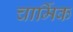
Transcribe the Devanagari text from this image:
चार्मिक